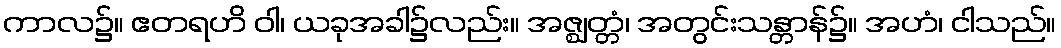
ကာလ၌။ ဧတရဟိ ဝါ၊ ယခုအခါ၌လည်း။ အဇ္ဈတ္တံ၊ အတွင်းသန္တာန်၌။ အဟံ၊ ငါသည်။